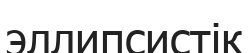
эллипсистік